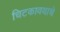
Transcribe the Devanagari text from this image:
चिटकावयाचे